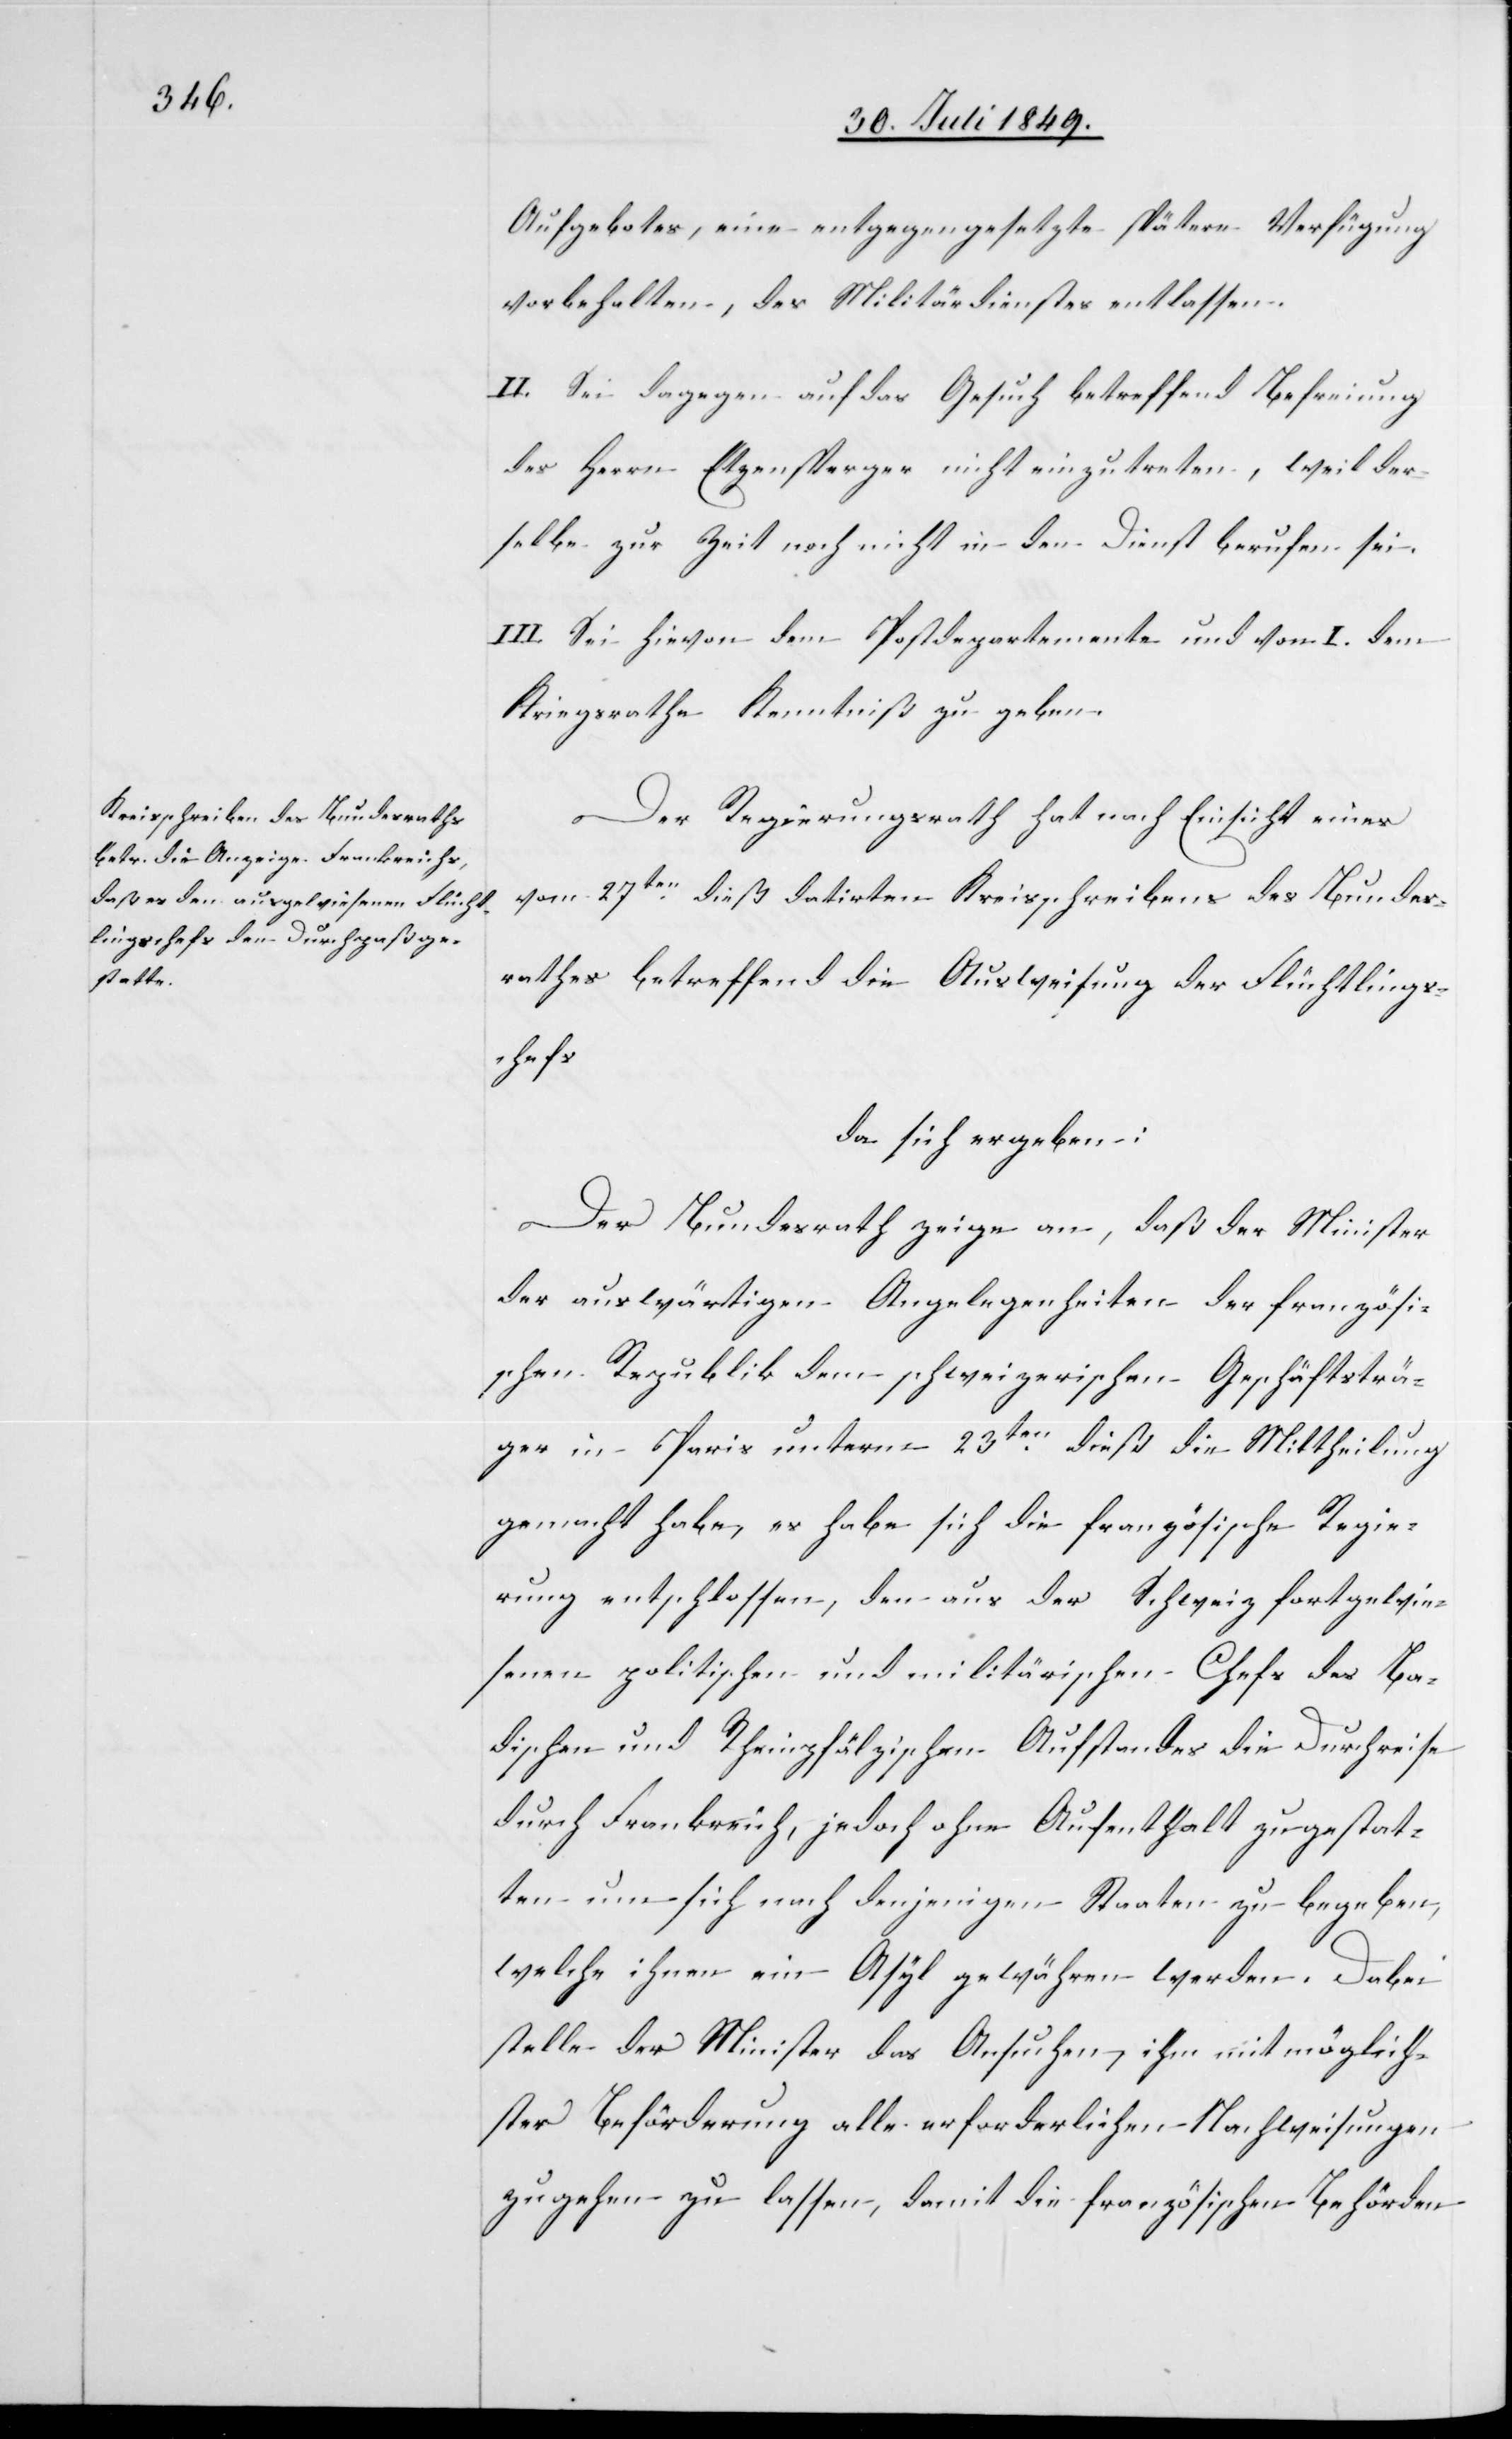
Aufgebotes, eine entgegengesetzte spätere Verfügung
vorbehalten, des Militärdienstes entlassen.
II. Sei dagegen auf das Gesuch betreffend Befreiung
des Herrn Etzensperger nicht einzutreten, weil der¬
selbe zur Zeit noch nicht in den Dienst berufen sei.
III. Sei hievon dem Postdepartemente und vom I. dem
Kriegsrathe Kenntniß zu geben.
Der Regierungsrath hat nach Einsicht eines
vom 27ten dieß datirten Kreisschreibens des Bundes¬
rathes betreffend die Ausweisung der Flüchtlings¬
chefs
da sich ergeben:
Der Bundesrath zeige an, daß der Minister
der auswärtigen Angelegenheiten der französi¬
schen Republik dem schweizerischen Geschäftsträ¬
ger in Paris unterm 23ten dieß die Mittheilung
gemacht habe, es habe sich die französische Regie¬
rung entschlossen, den aus der Schweiz fortgewie¬
senen politischen und militärischen Chefs des Ba¬
dischen und Rheinpfälzischen Aufstandes die Durchreise
durch Frankreich, jedoch ohne Aufenthalt zu gestat¬
ten um sich nach denjenigen Staaten zu begeben,
welche ihnen ein Asyl gewähren werden. Dabei
stelle der Minister das Ansuchen, ihm mit möglich¬
ster Beförderung alle erforderlichen Nachweisungen
zu gehen zu lassen, damit die französischen Behörden